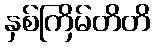
နှစ်ကြိမ်တိတိ